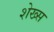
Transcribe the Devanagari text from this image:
शेख्स